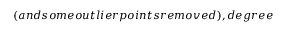
( a n d s o m e o u t l i e r p o i n t s r e m o v e d ) , d e g r e e